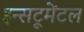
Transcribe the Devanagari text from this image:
इन्सट्रूमेंटल